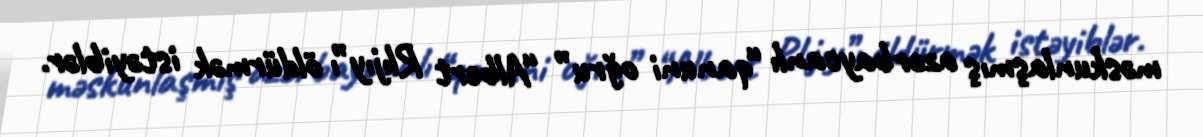
məskunlaşmış azərbaycanlı “qanuni oğru” “Albert Rlıjıy”ı öldürmək istəyiblər.